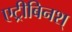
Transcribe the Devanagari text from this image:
एट्रीबिनश्